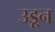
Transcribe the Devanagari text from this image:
उडू्न